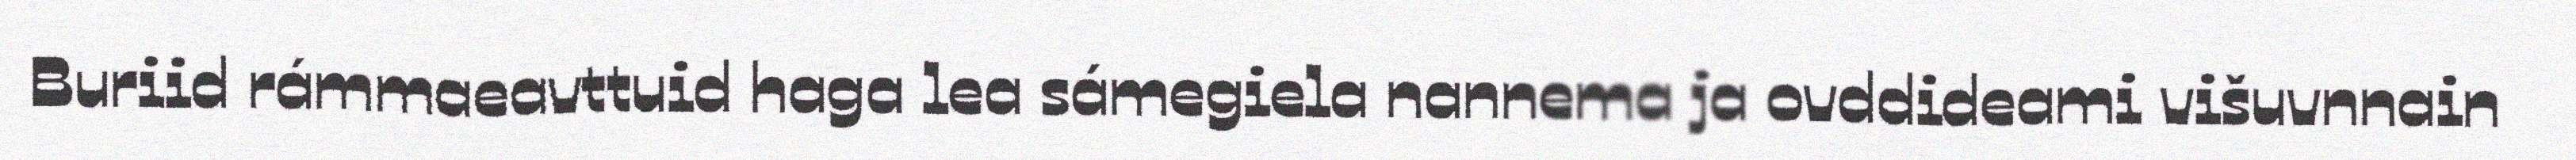
Buriid rámmaeavttuid haga lea sámegiela nannema ja ovddideami višuvnnain